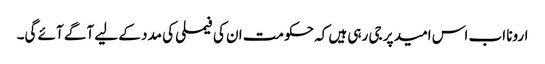
ارونا اب اس امید پر جی رہی ہیں کہ حکومت ان کی فیملی کی مدد کے لیے آگے آئے گی۔